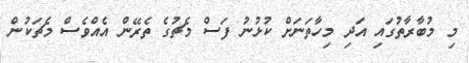
މި މުބާރާތުގައި އަދި މިހާތަނަށް ކުޅުނު ފަސް މެޗުގެ ތެރޭން އެއްވެސް މެޗަކުން